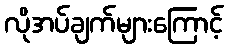
လိုအပ်ချက်များကြောင့်